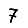
Digit: 7